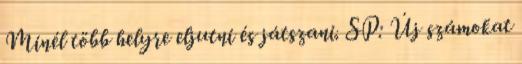
Minél több helyre eljutni és játszani. SP: Új számokat